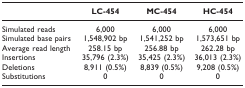
|  | LC-454 | MC-454 | HC-454 |
 | --- | --- | --- | --- |
 | Simulated reads | 6,000 | 6,000 | 6,000 |
 | Simulated base pairs | 1,548,902 bp | 1,541,252 bp | 1,573,651 bp |
 | Average read length | 258.15 bp | 256.88 bp | 262.28 bp |
 | Insertions | 35,796 (2.3%) | 35,425 (2.3%) | 36,013 (2.3%) |
 | Deletions | 8,911 (0.5%) | 8,839 (0.5%) | 9,208 (0.5%) |
 | Substitutions | 0 | 0 | 0 |